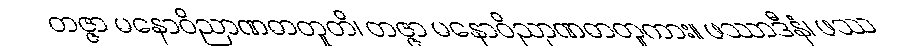
တဇ္ဇာ မနောဝိညာဏဓာတူတိ၊ တဇ္ဇာ မနောဝိညာဏဓာတူကား။ ဖဿာဒီနံ၊ ဖဿ